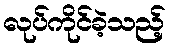
လုပ်ကိုင်ခဲ့သည့်